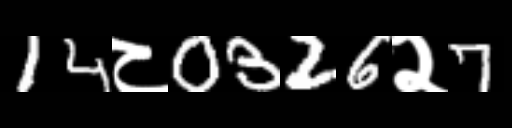
Text: 14८0326२7